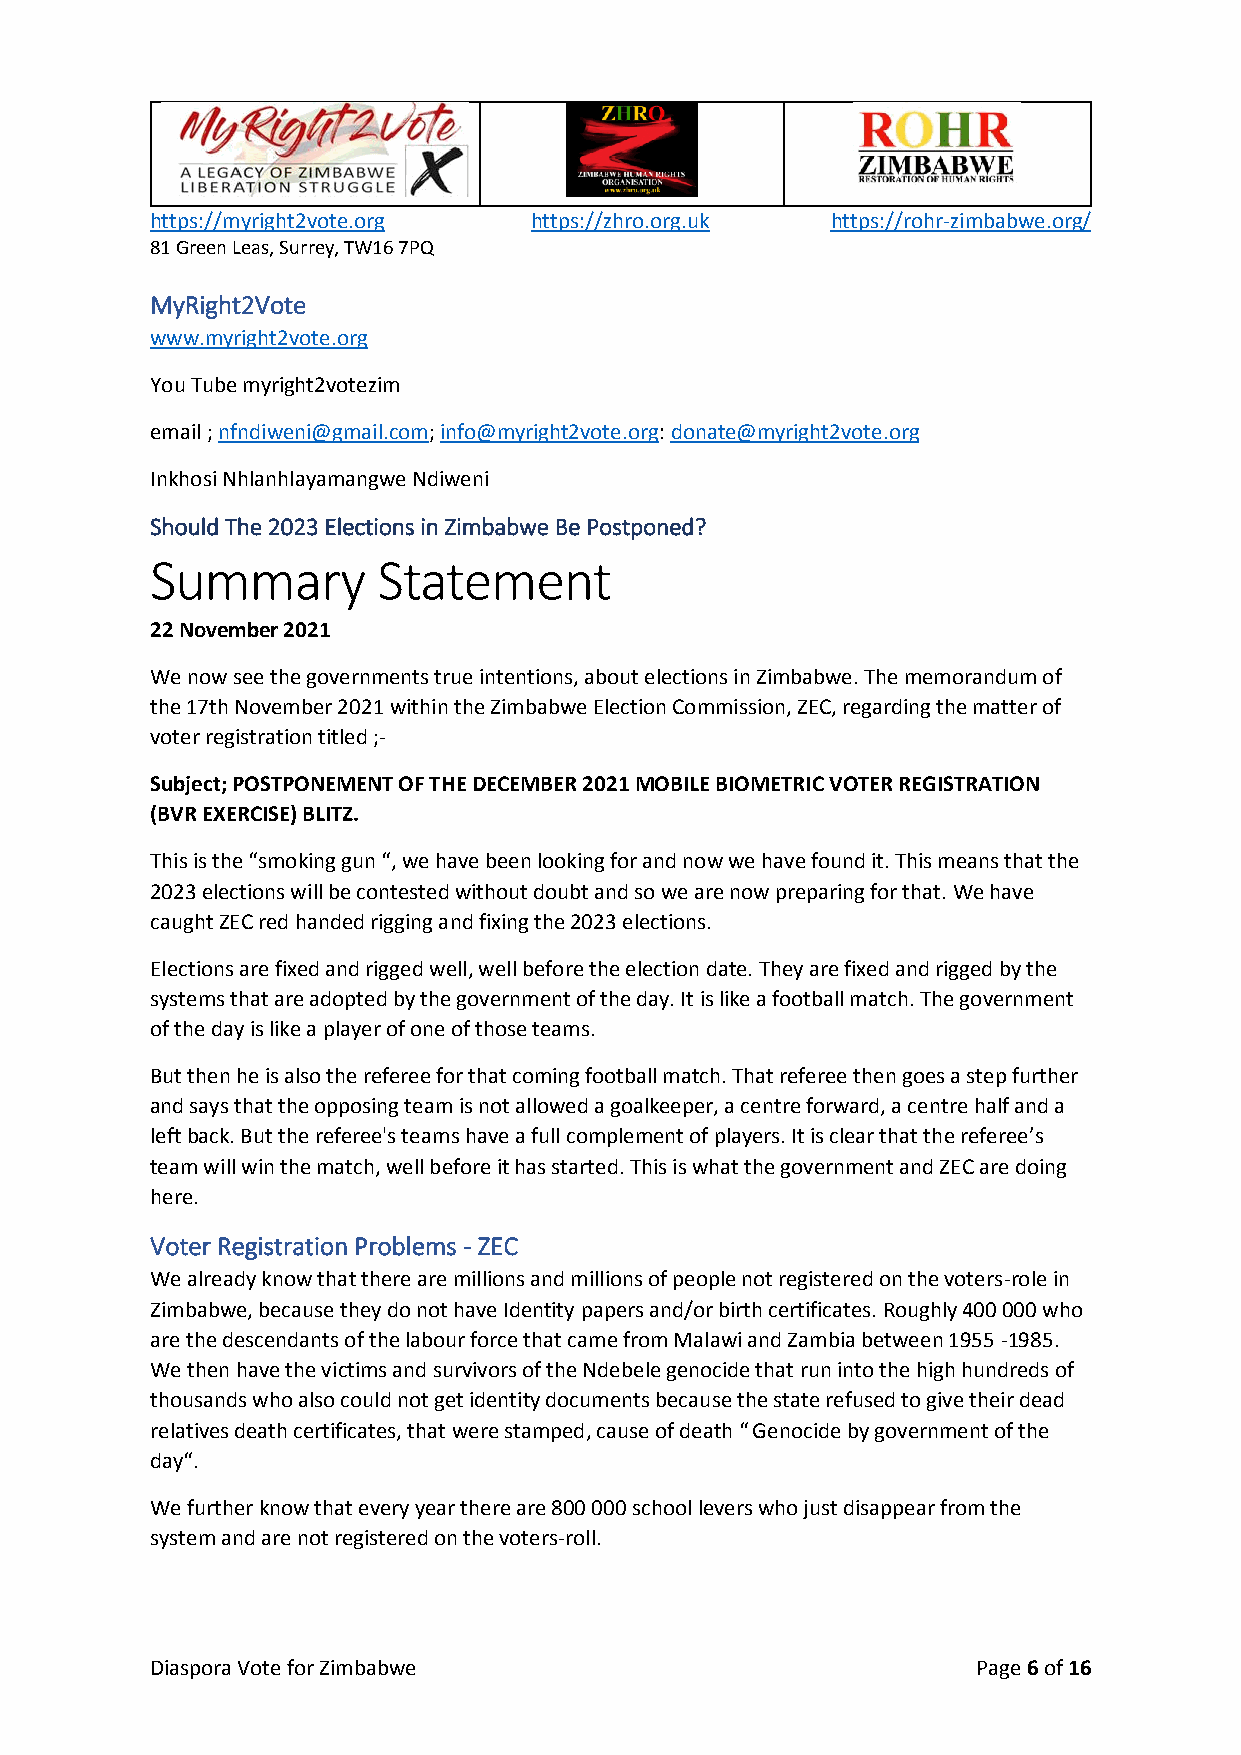
https://myright2vote.org https://zhro.org.uk https://rohr-zimbabwe.org/
 81 Green Leas, Surrey, TW16 7PQ
 MyRight2Vote
 www.myright2vote.org
 You Tube myright2votezim
 email ; nfndiweni@gmail.com; info@myright2vote.org: donate@myright2vote.org
 Inkhosi Nhlanhlayamangwe Ndiweni
 Should The 2023 Elections in Zimbabwe Be Postponed?
 Summary        Statement
 22 November 2021
 We now see the governments true intentions, about elections in Zimbabwe. The memorandum of
 the 17th November 2021 within the Zimbabwe Election Commission, ZEC, regarding the matter of
 voter registration titled ;-
 Subject; POSTPONEMENT OF THE DECEMBER 2021 MOBILE BIOMETRIC VOTER REGISTRATION
 (BVR EXERCISE) BLITZ.
 This is the “smoking gun “, we have been looking for and now we have found it. This means that the
 2023 elections will be contested without doubt and so we are now preparing for that. We have
 caught ZEC red handed rigging and fixing the 2023 elections.
 Elections are fixed and rigged well, well before the election date. They are fixed and rigged by the
 systems that are adopted by the government of the day. It is like a football match. The government
 of the day is like a player of one of those teams.
 But then he is also the referee for that coming football match. That referee then goes a step further
 and says that the opposing team is not allowed a goalkeeper, a centre forward, a centre half and a
 left back. But the referee's teams have a full complement of players. It is clear that the referee’s
 team will win the match, well before it has started. This is what the government and ZEC are doing
 here.
 Voter Registration Problems - ZEC
 We already know that there are millions and millions of people not registered on the voters-role in
 Zimbabwe, because they do not have Identity papers and/or birth certificates. Roughly 400 000 who
 are the descendants of the labour force that came from Malawi and Zambia between 1955 -1985.
 We then have the victims and survivors of the Ndebele genocide that run into the high hundreds of
 thousands who also could not get identity documents because the state refused to give their dead
 relatives death certificates, that were stamped, cause of death “ Genocide by government of the
 day“.
 We further know that every year there are 800 000 school levers who just disappear from the
 system and are not registered on the voters-roll.
 Diaspora Vote for Zimbabwe                             Page 6 of 16